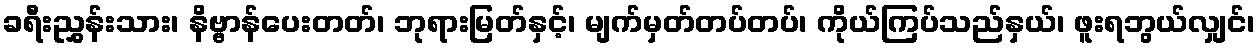
ခရီးညွှန်းသား၊ နိဗ္ဗာန်ပေးတတ်၊ ဘုရားမြတ်နှင့်၊ မျက်မှတ်တပ်တပ်၊ ကိုယ်ကြပ်သည်နှယ်၊ ဖူးရဘွယ်လျှင်၊